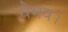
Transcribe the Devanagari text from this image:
वैभव।